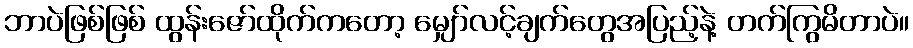
ဘာပဲဖြစ်ဖြစ် ထွန်းဇော်ထိုက်ကတော့ မျှော်လင့်ချက်တွေအပြည့်နဲ့ တက်ကြွမိတာပဲ။